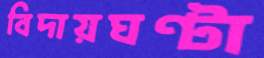
বিদায়ঘণ্টা